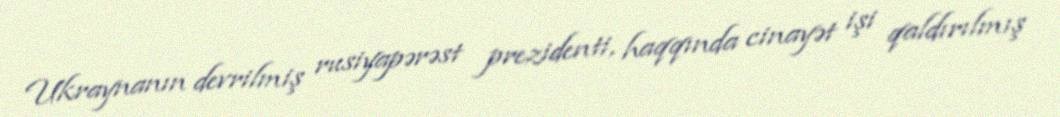
Ukraynanın devrilmiş rusiyapərəst prezidenti, haqqında cinayət işi qaldırılmış